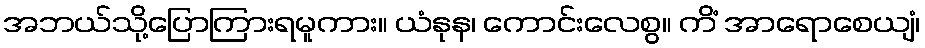
အဘယ်သို့ပြောကြားရမူကား။ ယံနုန၊ ကောင်းလေစွ။ ကိံ အာရောစေယျံ၊